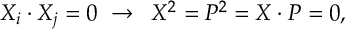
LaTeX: X _ { i } \cdot X _ { j } = 0 \, \, \rightarrow \, \, \, X ^ { 2 } = P ^ { 2 } = X \cdot P = 0 ,